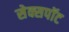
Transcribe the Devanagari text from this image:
सेक्सपॉट